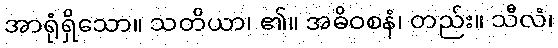
အာရုံရှိသော။ သတိယာ၊ ၏။ အဓိဝစနံ၊ တည်း။ သီလံ၊